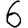
Digit: 6